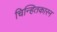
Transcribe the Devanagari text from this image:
चिन्हितकारन